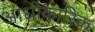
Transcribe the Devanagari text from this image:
आधीकारिक